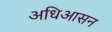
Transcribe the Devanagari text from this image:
अधिआसन